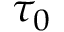
\tau _ { 0 }